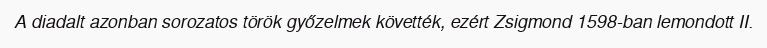
A diadalt azonban sorozatos török győzelmek követték, ezért Zsigmond 1598-ban lemondott II.